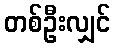
တစ်ဦးလျှင်